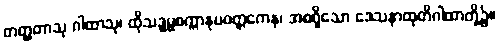
တတ္ထတာသု ဂါထာသု၊ ထိုသဒ္ဓမ္မစက္ကာနုပဝတ္တကေန၊ အစရှိသော ဒေသနာထုတိဂါထာတို့၌။